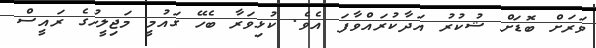
ވަރަށް ބޮޑަށް ޝުކުރު އަދާކުރައްވާފަ އެވެ. ކުޅިވަރާ ބެހޭ ގައުމީ މަޖިލީހުގެ ރައީސް